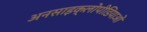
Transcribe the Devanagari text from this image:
अनसाइक्लोपीडियाओं